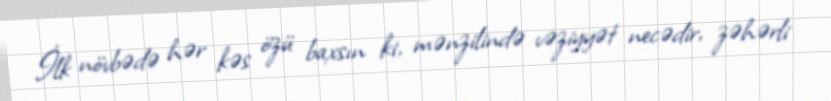
İlk növbədə hər kəs özü baxsın ki, mənzilində vəziyyət necədir, zəhərli